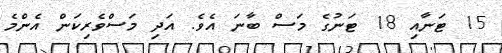
15 ޓަނާއި 18 ޓަނުގެ މަސް ބާނަ އެވެ. އަދި މަސްވެރިކަން އެންމެ